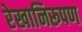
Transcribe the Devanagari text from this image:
रेखानिरूपण